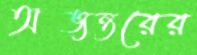
অভ্যন্তরের